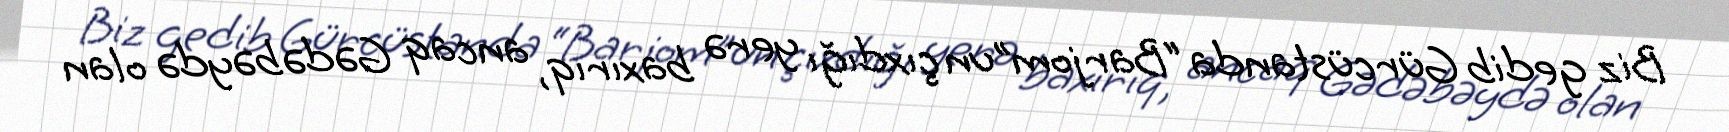
Biz gedib Gürcüstanda “Barjom”un çıxdığı yerə baxırıq, ancaq Gədəbəydə olan